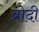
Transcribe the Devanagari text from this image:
ब्रोदी